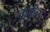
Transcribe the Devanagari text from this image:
कुर्कुर